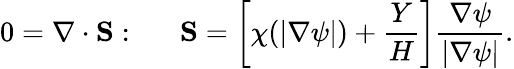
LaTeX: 0=\mathbf{\nabla}\cdot\mathbf{S}:~~~~~~\mathbf{S}=\left[\chi(|\nabla\psi|)+\frac{Y}{H}\right]\frac{\nabla\psi}{|\nabla\psi|}.